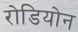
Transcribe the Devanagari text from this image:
रोडियोन